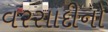
વરસાદીનો